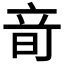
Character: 𥩬